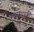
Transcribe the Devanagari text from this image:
कुलाब्यापर्यंत